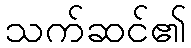
သက်ဆင်၏